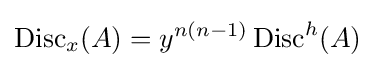
\operatorname {Disc} _{x}(A)=y^{n(n-1)}\operatorname {Disc} ^{h}(A)